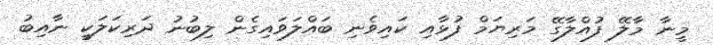
މީނާ މާލޭ ފުއްލާގޭ މަރިޔަމް ފުޅާއި ކައިވެނި ބައްލަވައިގެން ލިބުނު ދަރިކަލަކީ ނާއިބު